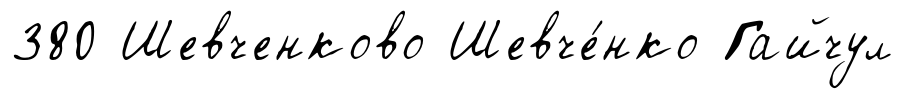
380 Шевченково Шевче́нко Гайчул